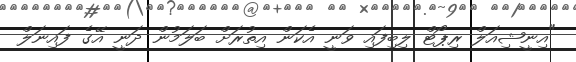
"އިނީޝިއަލް ރިޕޯޓް ލިބިފައި ވަނީ އެކަން އިތުރަށް ބަލަމުން ދަނީ އޭގެ ފައިނަލް